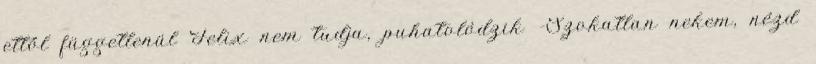
ettől függetlenül Felix nem tudja, puhatolódzik -Szokatlan nekem, nézd